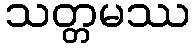
သတ္တမဿ